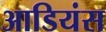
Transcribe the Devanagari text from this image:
आडियंस